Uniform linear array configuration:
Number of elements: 12
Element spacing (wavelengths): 1
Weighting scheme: binomial
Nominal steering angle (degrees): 15
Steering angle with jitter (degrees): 16.469
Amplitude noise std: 0.05
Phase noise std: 0.05

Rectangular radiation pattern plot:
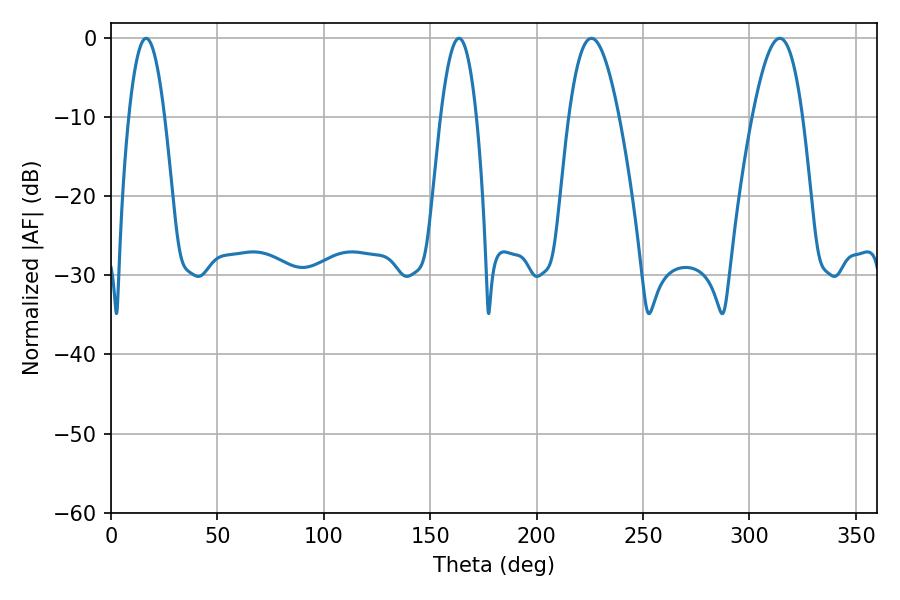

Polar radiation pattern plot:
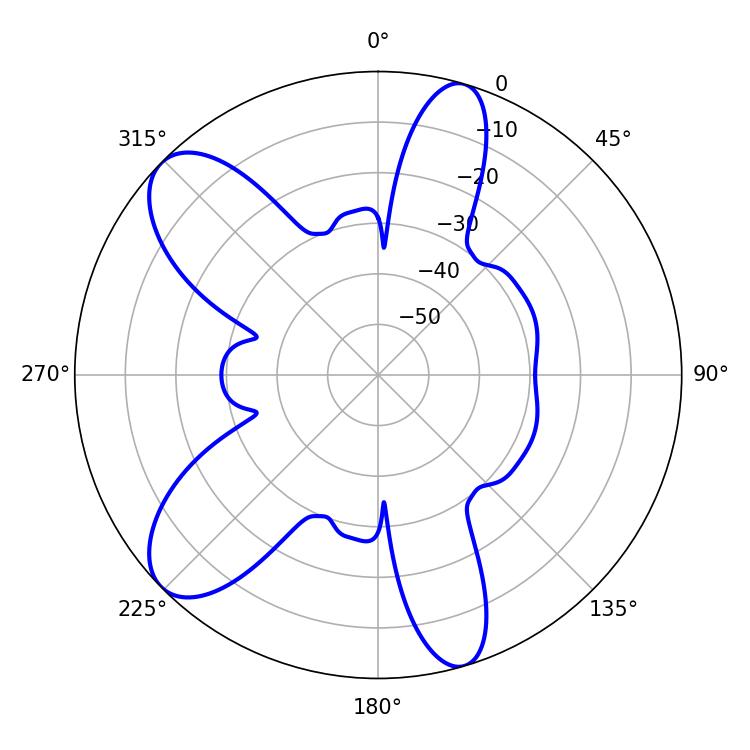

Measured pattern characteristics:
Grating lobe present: TRUE
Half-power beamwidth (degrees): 12.78
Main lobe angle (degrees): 225.72